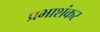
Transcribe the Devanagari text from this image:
प्रभाशंकर